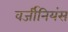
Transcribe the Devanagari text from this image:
वर्जीनियंस